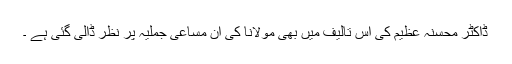
ڈاکٹر محسنہ عظیم کی اس تالیف میں بھی مولانا کی ان مساعی جملیہ پر نظر ڈالی گئی ہے ۔